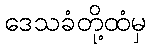
ဒေသခံတို့ထံမှ